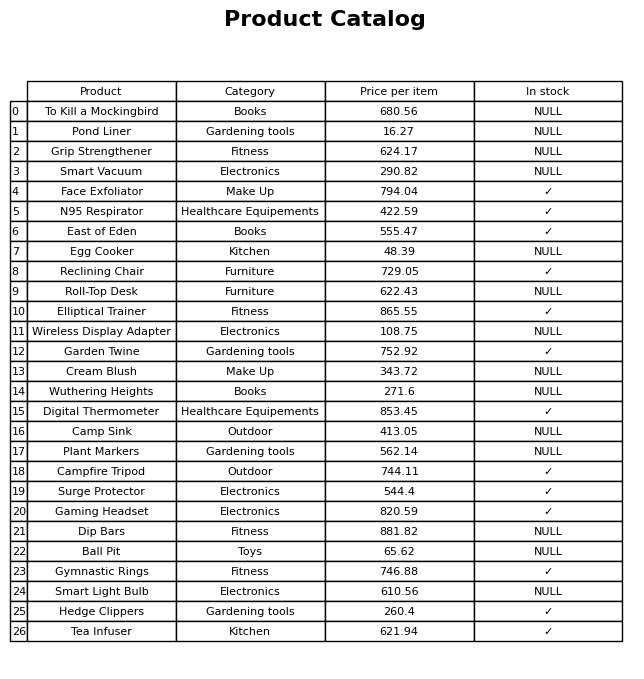
question: What is the price for To Kill a Mockingbird?
answer: The price of To Kill a Mockingbird is 680.56.